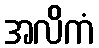
အလိကံ